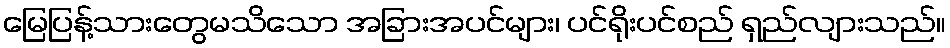
မြေပြန့်သားတွေမသိသော အခြားအပင်များ၊ ပင်ရိုးပင်စည် ရှည်လျားသည်။